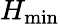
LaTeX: H_{\mathrm{min}}